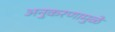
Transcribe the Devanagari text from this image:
अनुकरणामुळे